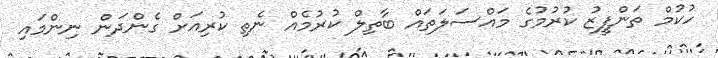
ހުކުމް ތަންފީޒު ކުރުމުގެ މައްސަލަތައް ބާތިލް ކުރުމެއް ނެތި ކުރިއަށް ގެންދަން ނިންމައި